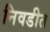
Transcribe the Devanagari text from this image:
निवडीत